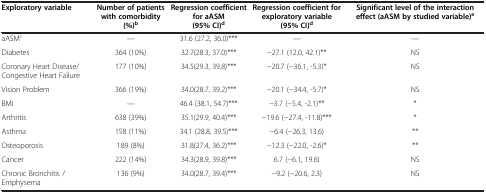
<table><thead><tr><td><b>Exploratory variable</b></td><td><b>Number of patients with comorbidity (%)<sup>b</sup></b></td><td><b>Regression coefficient for aASM (95% CI)<sup>d</sup></b></td><td><b>Regression coefficient for exploratory variable(95% CI)<sup>d</sup></b></td><td><b>Significant level of the interaction effect (aASM by studied variable)<sup>e</sup></b></td></tr></thead><tbody><tr><td>aASM<sup>c</sup></td><td>—</td><td>31.6 (27.2, 36.0)***</td><td>—</td><td>—</td></tr><tr><td>Diabetes</td><td>364 (10%)</td><td>32.7(28.3, 37.0)***</td><td>−27.1 (12.0, 42.1)**</td><td>NS</td></tr><tr><td>Coronary Heart Disease/Congestive Heart Failure</td><td>177 (10%)</td><td>34.5(29.3, 39.8)***</td><td>−20.7 (−36.1, -5.3)*</td><td>NS</td></tr><tr><td>Vision Problem</td><td>366 (19%)</td><td>34.0(28.7, 39.2)***</td><td>−20.1 (−34.4, -5.7)*</td><td>NS</td></tr><tr><td>BMI</td><td>—</td><td>46.4 (38.1, 54.7)***</td><td>−3.7 (−5.4, -2.1)**</td><td>*</td></tr><tr><td>Arthritis</td><td>638 (39%)</td><td>35.1(29.9, 40.4)***</td><td>−19.6 (−27.4, -11.8)***</td><td>*</td></tr><tr><td>Asthma</td><td>158 (11%)</td><td>34.1 (28.8, 39.5)***</td><td>−6.4 (−26.3, 13.6)</td><td>**</td></tr><tr><td>Osteoporosis</td><td>189 (8%)</td><td>31.8(27.4, 36.2)***</td><td>−12.3 (−22.0, -2.6)*</td><td>**</td></tr><tr><td>Cancer</td><td>222 (14%)</td><td>34.3(28.9, 39.8)***</td><td>6.7 (−6.1, 19.6)</td><td>NS</td></tr><tr><td>Chronic Bronchitis / Emphysema</td><td>136 (9%)</td><td>34.0(28.7, 39.4)***</td><td>−9.2 (−20.6, 2.3)</td><td>NS</td></tr></tbody></table>